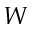
W